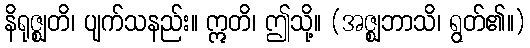
နိရုဇ္ဈတိ၊ ပျက်သနည်း။ ဣတိ၊ ဤသို့။ (အဇ္ဈဘာသိ၊ ရွတ်၏။)